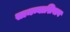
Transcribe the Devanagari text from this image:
सामन्याशिवाय